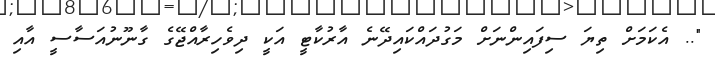
".. އެކަމަށް ތިޔަ ސިފައިންނަށް މަގުދައްކައިދޭނެ އާރުކާޓީ އަކީ ދިވެހިރާއްޖޭގެ ގާނޫނުއަސާސީ އާއި